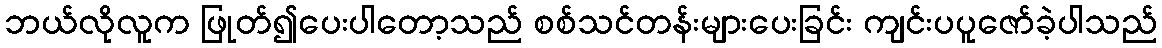
ဘယ်လိုလူက ဖြုတ်၍ပေးပါတော့သည် စစ်သင်တန်းများပေးခြင်း ကျင်းပပူဇော်ခဲ့ပါသည်